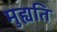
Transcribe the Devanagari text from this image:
मुह्यति